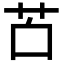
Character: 𦬲